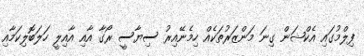
ފިލްމުގައި އެކްޝަން ގިނަ މަންޒަރުތަކެއް ހިމެނޭއިރު ސިޔާސީ ރޯގާ އާއި އާއިލީ ހަލަބޮލިކަމާއި